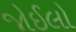
જોઈલો